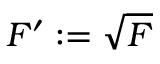
F ^ { \prime } : = { \sqrt { F } }